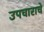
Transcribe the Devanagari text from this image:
उपचाराचे